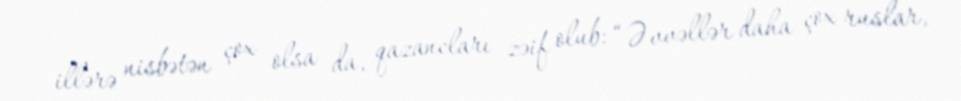
illərə nisbətən çox olsa da, qazancları zəif olub: “Əvvəllər daha çox ruslar,